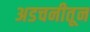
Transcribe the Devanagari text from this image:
अडचनीतून